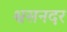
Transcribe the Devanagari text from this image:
श्वसनदर